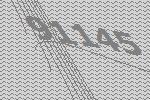
91145